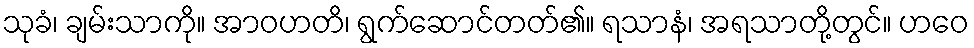
သုခံ၊ ချမ်းသာကို။ အာဝဟတိ၊ ရွက်ဆောင်တတ်၏။ ရသာနံ၊ အရသာတို့တွင်။ ဟဝေ